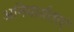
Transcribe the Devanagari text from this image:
अनिवार्यताएं